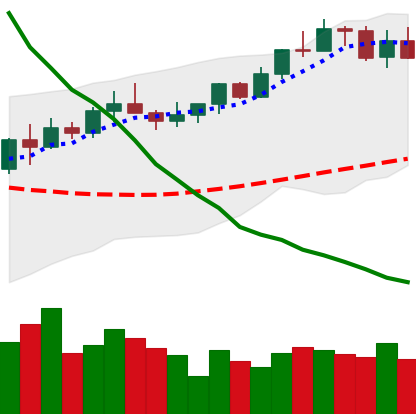
Ticker: XMR-USD
Chart end date: 2022-04-02
Forward return: 6.547%
Label: up_5_7